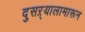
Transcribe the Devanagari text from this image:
दुसऱ्यालामारून